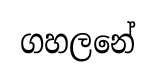
ගහලනේ